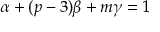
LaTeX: \alpha + ( p - 3 ) \beta + m \gamma = 1